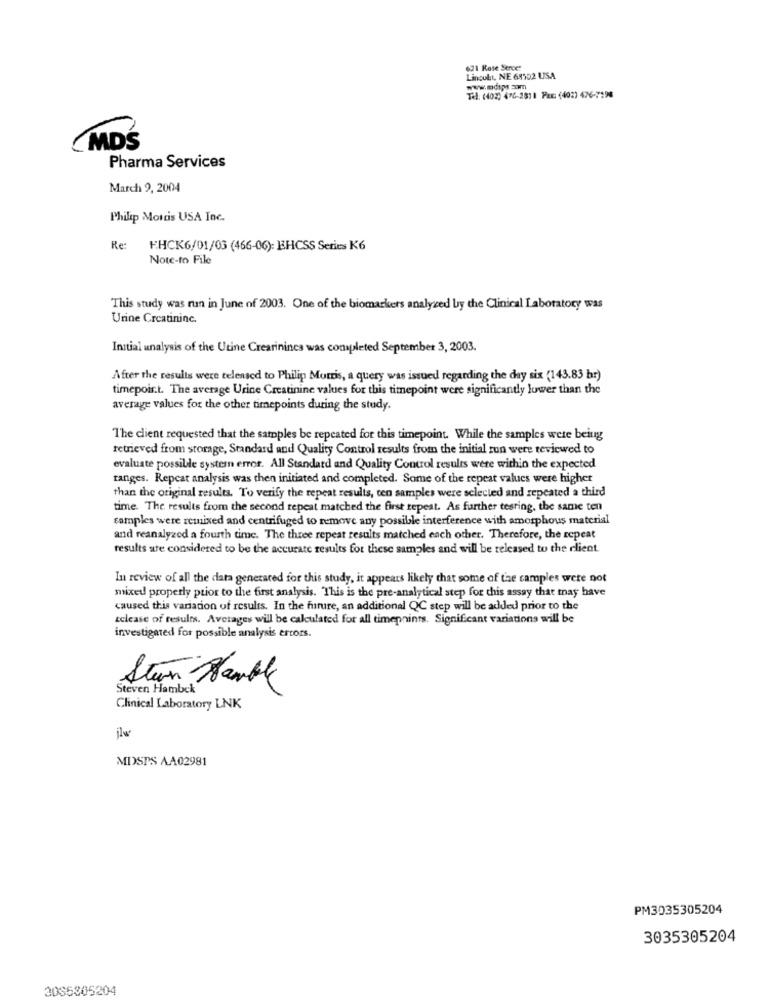
621 Rose Serce:
Lingult, NE 68902 USA
www.odips 3mm
Tel: (402) 476-2811 PEE: (402) 476-7198
CMDŚ
Pharma Services
March 9, 2004
Philip Morris USA Inc.
Re:
F.HCK6/01/03 (466-06): EHCSS Series K6
Notc-to File
This study was run in June of 2003. One of the biomarkers analyzed by the Clinical Laboratory was
Urine Creatininc.
Initial analysis of the Utine Crearinincs was completed September 3, 2003.
After the results were telensed to Philip Morris, a query was issued regarding the day six (143.83 hr)
timepoir.t. The average Urine Creatinine values for this timepoint were significantly lower than the
average values for the other timepoints during the study.
The client requested that the samples be repeated for this timepoint. While the samples were being
retrieved from storage, Standard and Quality Control results from the initial zun were teviewed to
evaluate possible systern error. All Standard and Quality Control results were within the expected
ranges. Repeat analysis was then initiated and completed. Some of the repeat values were higher
than the original results. To verify the repeat results, ten samples were selected and repeated a third
time. The results from the second repeat matched the first repeat. As further testing, the same ten
samples were remixed and centrifuged to remove any possible interference with amorphous material
and reanalyzed a fourth time. The three repeat results matched each other. Therefore, the repeat
results are considered to be the accurate results for these samples and will be released to the client
In review of all the data generated for this study, it appears likely that some of the samples were not
mixed properly prior to the first analysis. This is the pre-analytical step for chis assay that may have
caused this variation of results. In the future, an additional QC step will be added prior to the
telcase of results. Averages will be calculated for all timepnints. Significant variations will be
investigated for possible analysis errors.
Steven Hambek
Stun Hankl
Clinical Laboratory LNK
ilw
MDSPS AA02981
PM3035305204
3035305204
2035305204